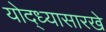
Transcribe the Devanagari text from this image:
योद्ध्यासारखे